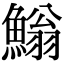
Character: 䱵